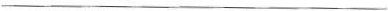
___